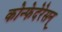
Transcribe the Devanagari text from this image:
कोन्फेदेरेसन्